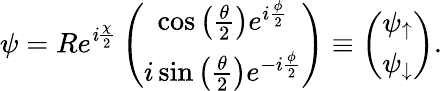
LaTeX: \psi=Re^{\mathit{i}\frac{{\chi}}{{2}}}\left(\begin{array}{c}{\cos\left(\frac{\theta}{2}\right)e^{i\frac{\phi}{2}}}\\ {i\sin\left(\frac{\theta}{2}\right)e^{-i\frac{\phi}{2}}}\end{array}\right)\equiv\left(\begin{array}{c}{\psi_{\uparrow}}\\ {\psi_{\downarrow}}\end{array}\right).